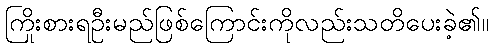
ကြိုးစားရဦးမည်ဖြစ်ကြောင်းကိုလည်းသတိပေးခဲ့၏။